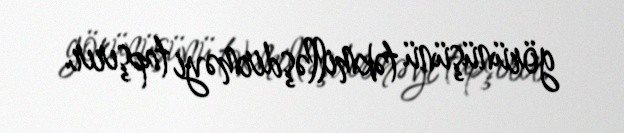
görünüşünü təkmilləşdirməyi tapşırır.